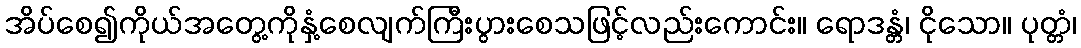
အိပ်စေ၍ကိုယ်အတွေ့ကိုနှံ့စေလျက်ကြီးပွားစေသဖြင့်လည်းကောင်း။ ရောဒန္တံ၊ ငိုသော။ ပုတ္တံ၊